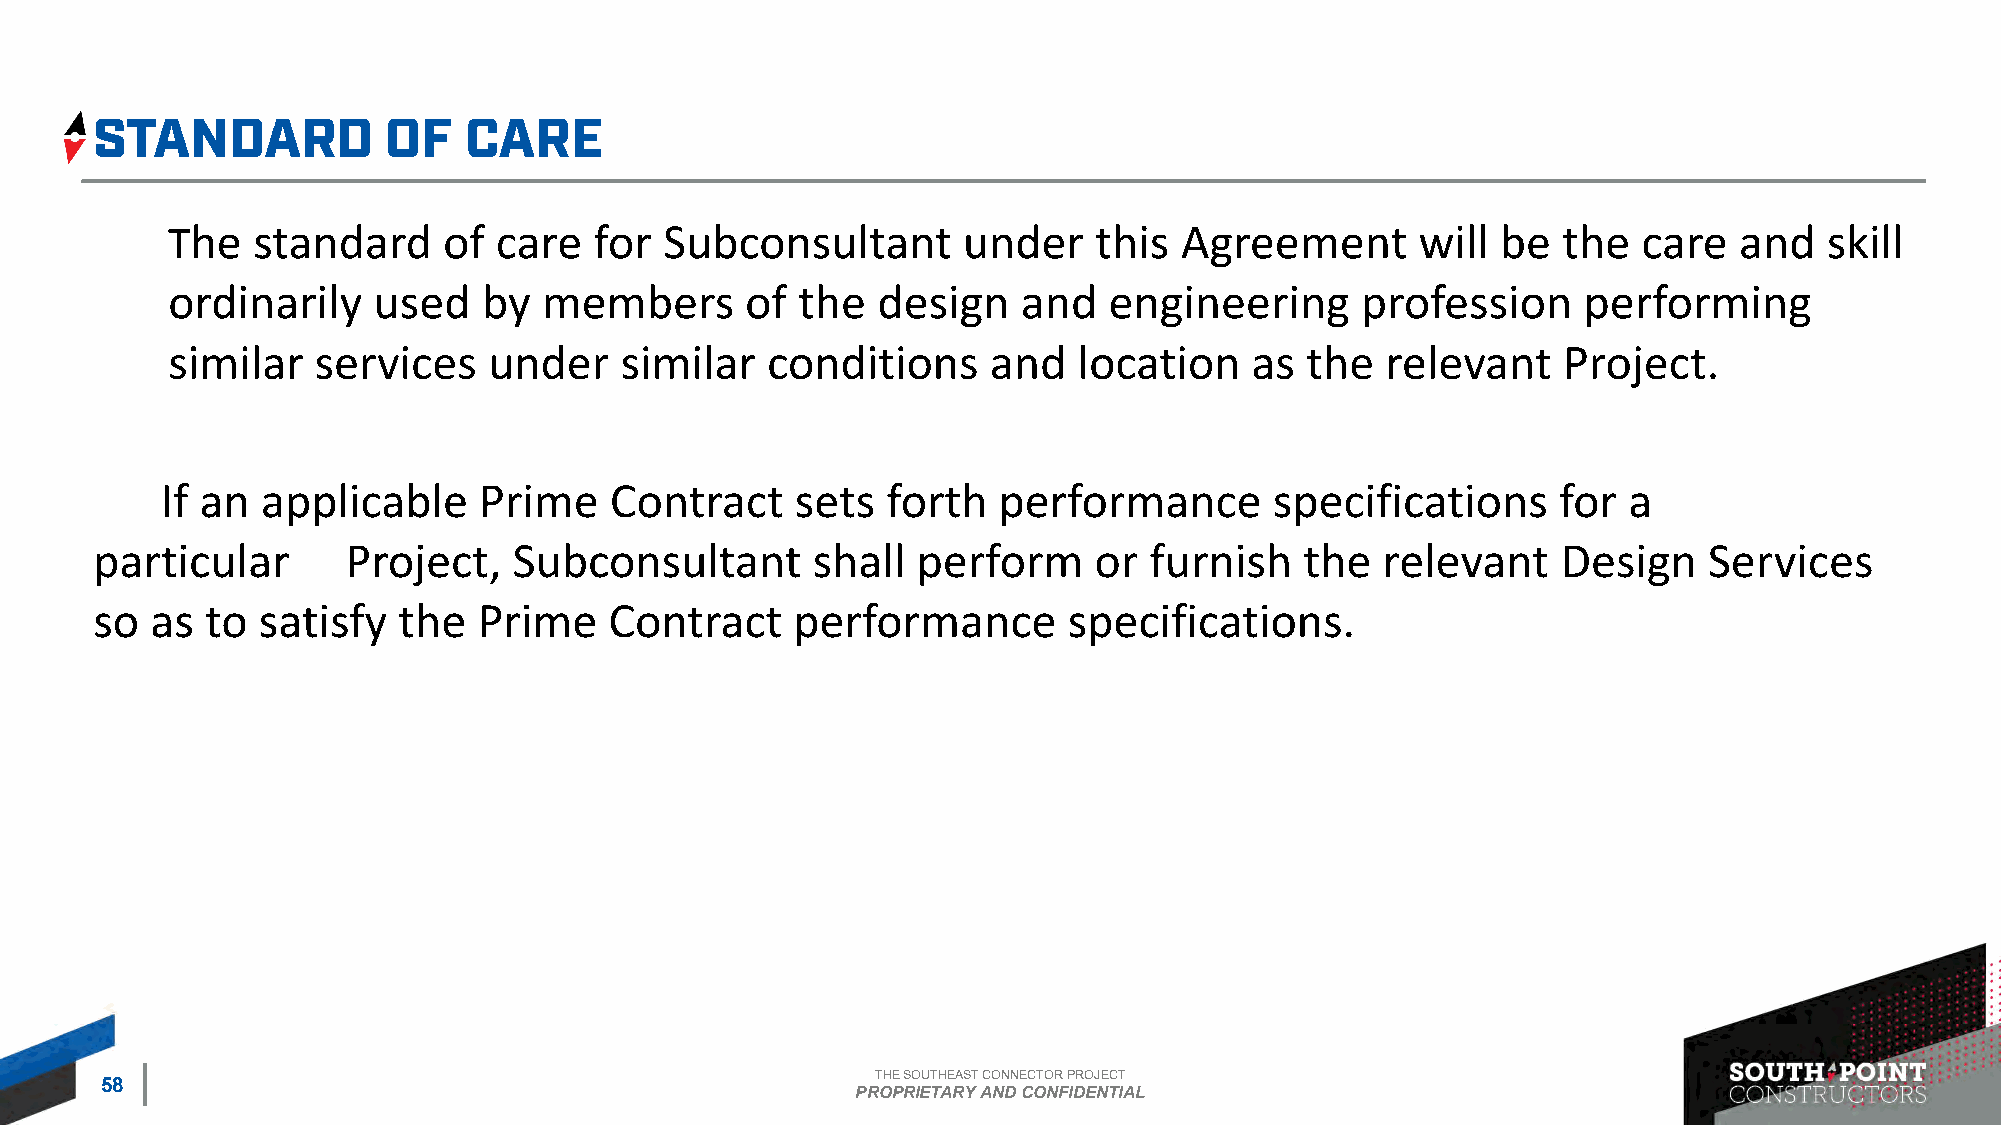
The   standard    of  care  for  Subconsultant       under   this  Agreement       will be  the   care  and   skill
 ordinarily    used   by  members      of  the  design    and  engineering      profession     performing
 similar   services   under    similar   conditions     and  location    as the   relevant   Project.
 If an applicable     Prime   Contract     sets  forth  performance       specifications     for  a
 particular       Project,   Subconsultant       shall  perform    or  furnish   the  relevant    Design    Services
 so  as  to satisfy  the   Prime   Contract    performance        specifications.
 THE SOUTHEAST CONNECTOR PROJECT
 58
 PROPRIETARY AND CONFIDENTIAL